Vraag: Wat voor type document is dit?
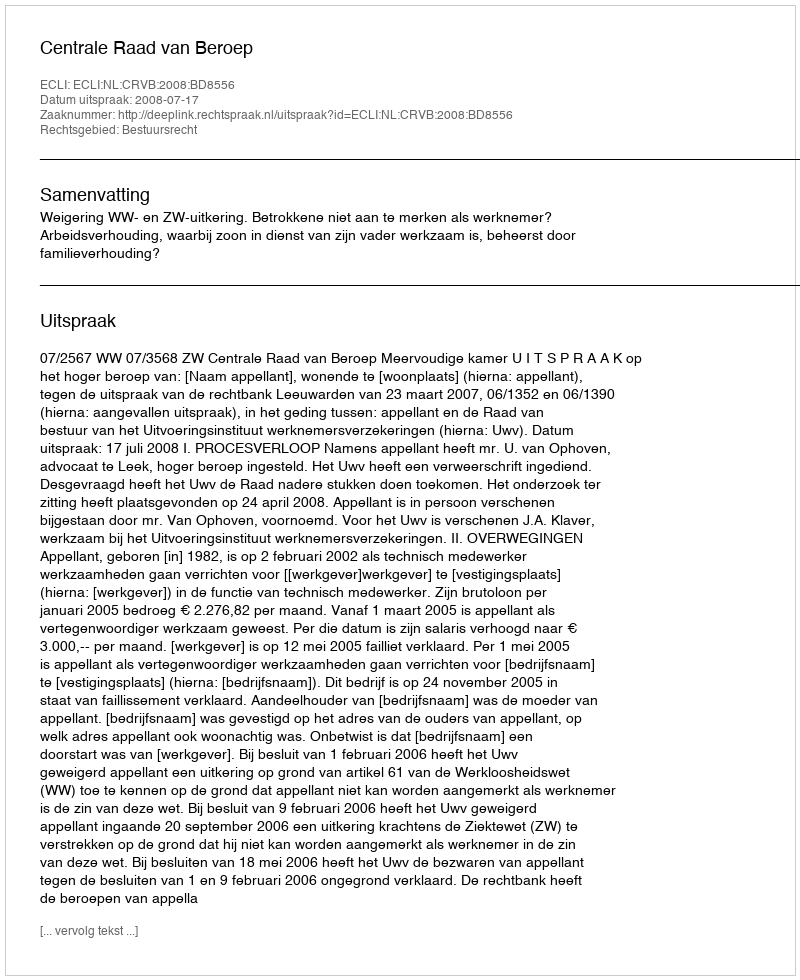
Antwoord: Uitspraak